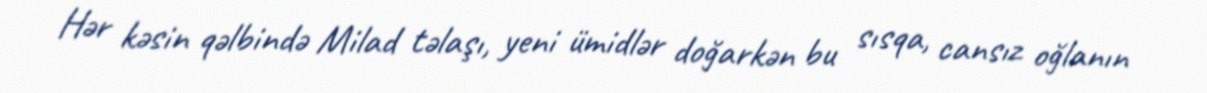
Hər kəsin qəlbində Milad təlaşı, yeni ümidlər doğarkən bu sısqa, cansız oğlanın